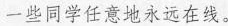
一些同学任意地永远在线。